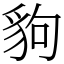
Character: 豿